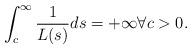
LaTeX: \begin{align*}\int_c^\infty\frac{1}{L(s)}ds = +\infty\forall c>0.\end{align*}